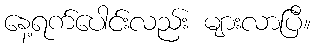
နေ့ရက်ပေါင်းလည်း များလာပြီ။